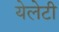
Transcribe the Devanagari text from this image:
येलेटी